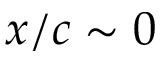
x / c \sim 0